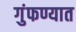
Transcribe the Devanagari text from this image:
गुंफण्यात